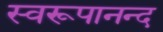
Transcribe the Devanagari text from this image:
स्वरूपानन्द